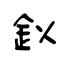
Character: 鉯